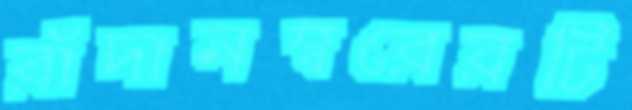
রাঁদানম্বরেরটি